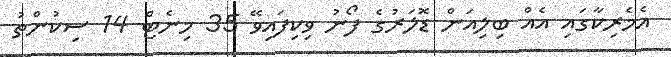
އެމެރިކާގައި އެއް ބިލިއަން ޑޮލަރުގެ ފޯނު ވިކިފައިވޭ 35 މިނެޓް 14 ސިކުންތު